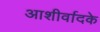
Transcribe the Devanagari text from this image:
आशीर्वादके